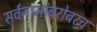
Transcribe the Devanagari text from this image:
सर्वनामांबरोबरच